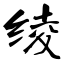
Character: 绫